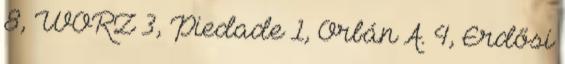
8, WÖRZ 3, Piedade 1, Orbán A. 4, Erdősi